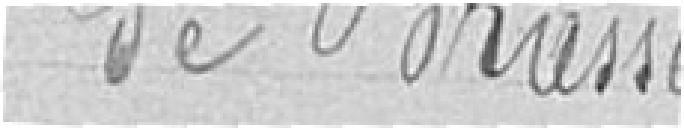
de Brasse